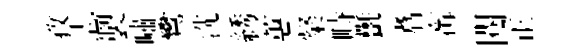
孜志製嘯鸞洗綉蕙粲畤㲲翥𡩋閱正